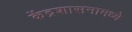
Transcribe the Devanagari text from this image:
केंद्रशासनामध्ये